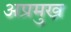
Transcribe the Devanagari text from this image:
अप्रमुख